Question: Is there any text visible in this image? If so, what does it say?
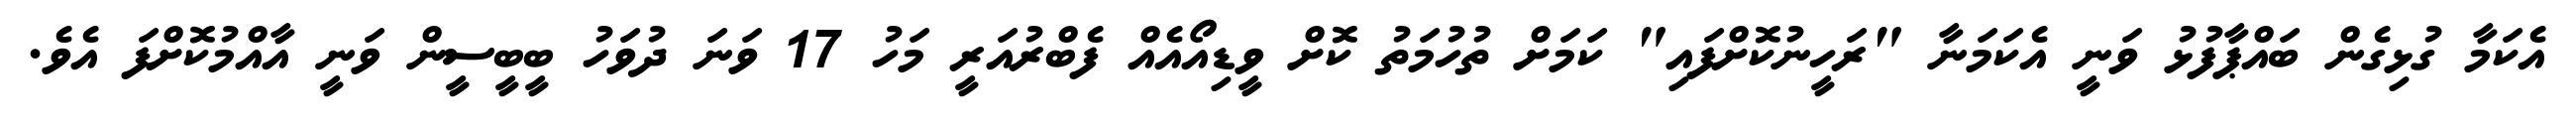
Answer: އެކަމާ ގުޅިގެން ބައްޕާފުޅު ވަނީ އެކަމަނާ "ރަހީނުކޮށްފައި" ކަމަށް ތުހުމަތު ކޮށް ވީޑިއޯއެއް ފެބްރުއަރީ މަހު 17 ވަނަ ދުވަހު ބީބީސީން ވަނީ އާއްމުކޮށްފަ އެވެ.